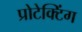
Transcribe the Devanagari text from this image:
प्रोटेक्टिंग